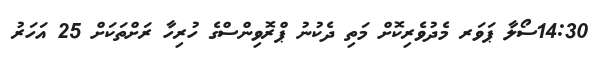
14:30ސޯލާ ޕަވަރ މެދުވެރިކޮށް މަތި ދެކުނު ޕްރޮވިންސްގެ ހުރިހާ ރަށްތަކަށް 25 އަހަރު